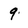
Character: 9